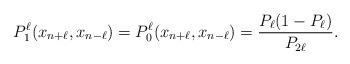
LaTeX: \begin{align*}P_1^\ell(x_{n+\ell},x_{n-\ell})=P_0^\ell(x_{n+\ell},x_{n-\ell})&=\frac{P_\ell(1-P_\ell)}{P_{2\ell}}.\end{align*}